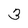
Character: 3